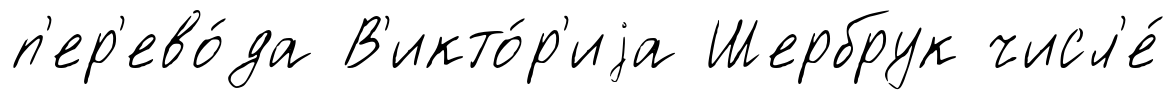
п'ер'ево́да В'икто́р'иjа Шербрук числ'е́